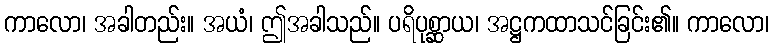
ကာလော၊ အခါတည်း။ အယံ၊ ဤအခါသည်။ ပရိပုစ္ဆာယ၊ အဋ္ဌကထာသင်ခြင်း၏။ ကာလော၊